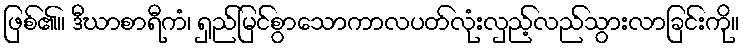
ဖြစ်၏။ ဒီဃာစာရီကံ၊ ရှည်မြင်စွာသောကာလပတ်လုံးလှည့်လည်သွားလာခြင်းကို။